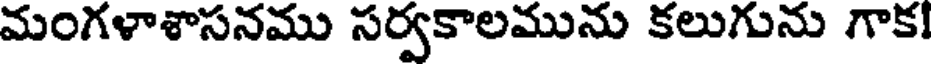
మంగళాశాసనము సర్వకాలమును కలుగును గాక!